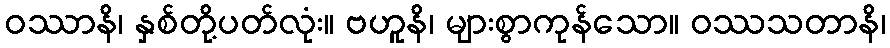
ဝဿာနိ၊ နှစ်တို့ပတ်လုံး။ ဗဟူနိ၊ များစွာကုန်သော။ ဝဿသတာနိ၊